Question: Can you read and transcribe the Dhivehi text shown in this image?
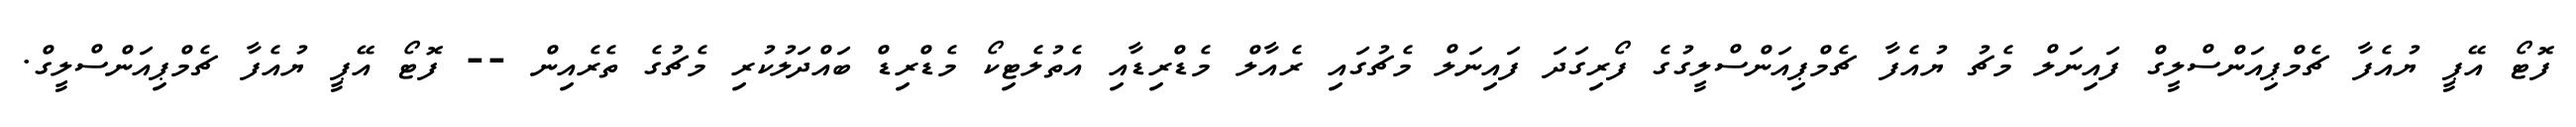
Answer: ފޮޓޯ އޭޕީ ޔުއެފާ ޗެމްޕިއަންސްލީގް ފައިނަލް މެޗު ޔުއެފާ ޗެމްޕިއަންސްލީގުގެ ފޯރިގަދަ ފައިނަލް މެޗުގައި ރެއާލް މެޑްރިޑާއި އެތުލެޓިކޯ މެޑްރިޑް ބައްދަލުކުރި މެޗުގެ ތެރެއިން -- ފޮޓޯ އޭޕީ ޔުއެފާ ޗެމްޕިއަންސްލީގް.